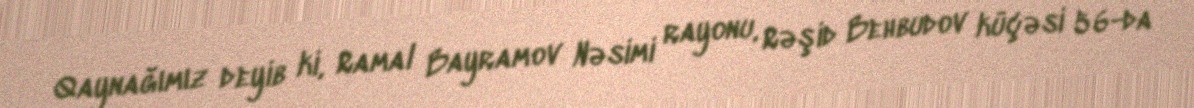
Qaynağımız deyib ki, Ramal Bayramov Nəsimi rayonu, Rəşid Behbudov küçəsi 56-da